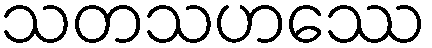
သတသဟဿေ